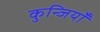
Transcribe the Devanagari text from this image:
कुन्जियाँ